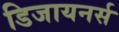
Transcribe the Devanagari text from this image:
डिजायनर्स